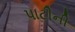
પાટીની